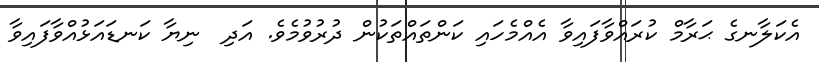
އެކަލާނގެ ޙަރާމް ކުރައްވާފައިވާ އެއްމެހައި ކަންތައްތަކުން ދުރުވުމެވެ. އަދި  ނިޔާ ކަނޑައަޅުއްވާފައިވާ